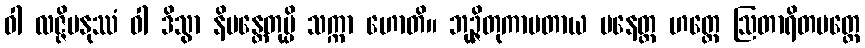
ဝါ လဇ္ဇိမနုဿံ ဝါ ဒိသွာ နိမန္တေတုမ္ပိ သက္ကာ ဟောတိ။ ဘုဉ္ဇိတုကာမတာယ ပနေတ္ထ ဟတ္ထေ ဩတာရိတမတ္တေ